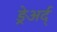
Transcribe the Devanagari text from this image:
ङेर्‍अर्द्